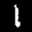
Label: 1